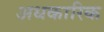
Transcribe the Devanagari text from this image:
अधकारिक